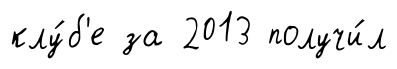
клу́б'е за 2013 получи́л